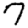
Digit: 7